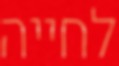
לחייה